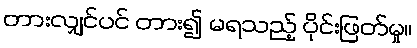
တားလျှင်ပင် တား၍ မရသည့် ပိုင်းဖြတ်မှု။